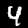
Label: 4